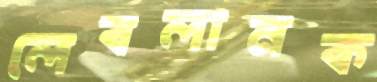
লেবলানক